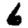
Digit: 6